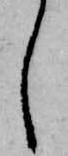
し